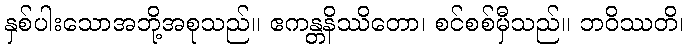
နှစ်ပါးသောအဘို့အစုသည်။ ဧကန္တနိဿိတော၊ စင်စစ်မှီသည်။ ဘဝိဿတိ၊